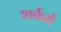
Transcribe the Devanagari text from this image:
शर्करों